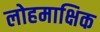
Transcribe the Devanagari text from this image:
लोहमाक्षिक